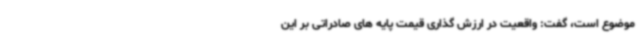
موضوع است، گفت: واقعیت در ارزش گذاری قیمت پایه های صادراتی بر این